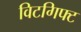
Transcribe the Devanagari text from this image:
विटगिफ्ट